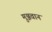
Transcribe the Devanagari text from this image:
मुञ्जवान